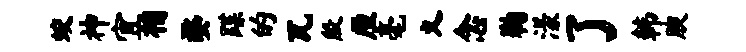
蛟神宜相婺蹀的瓦殷厘毫义念鞠漾了韩腴